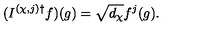
( I ^ { ( \chi , j ) \dagger } f ) ( g ) = \sqrt { d _ { \chi } } f ^ { j } ( g ) .